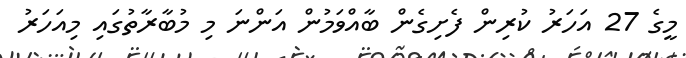
މީގެ 27 އަހަރު ކުރިން ފެށިގެން ބާއްވަމުން އަންނަ މި މުބާރާތުގައި މިއަހަރު